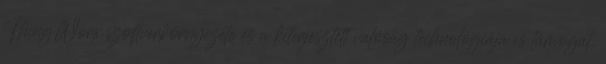
ThingWorx szoftverkörnyezete és a kiterjesztett valóság technológiája is támogat.